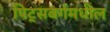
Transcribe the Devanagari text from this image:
पिट्सबर्गमधील